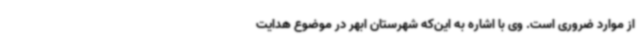
از موارد ضروری است. وی با اشاره به این‌که شهرستان ابهر در موضوع هدایت